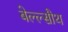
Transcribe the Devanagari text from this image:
बेल्ल्सौथ